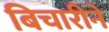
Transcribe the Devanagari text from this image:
बिचारीने